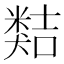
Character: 𥻽